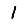
Digit: 1